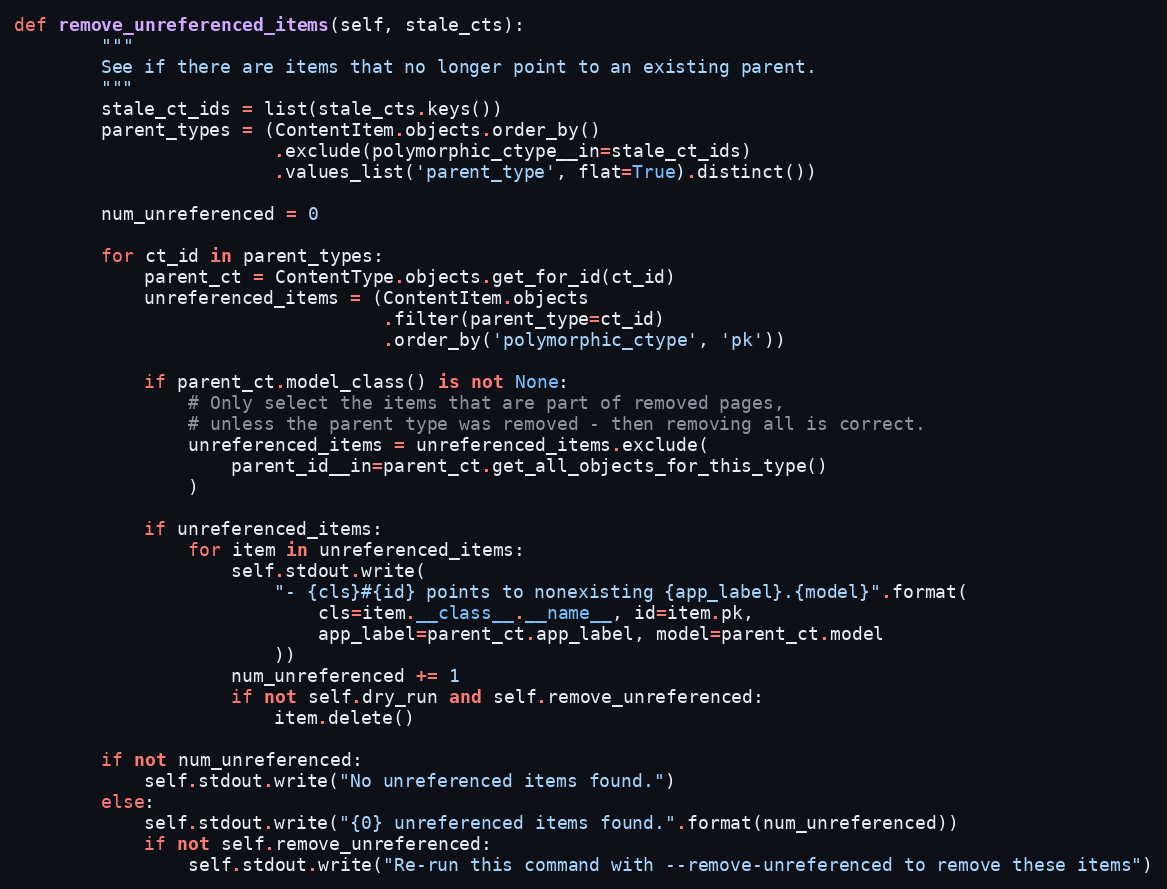
Language: Python
def remove_unreferenced_items(self, stale_cts):
        """
        See if there are items that no longer point to an existing parent.
        """
        stale_ct_ids = list(stale_cts.keys())
        parent_types = (ContentItem.objects.order_by()
                        .exclude(polymorphic_ctype__in=stale_ct_ids)
                        .values_list('parent_type', flat=True).distinct())

        num_unreferenced = 0

        for ct_id in parent_types:
            parent_ct = ContentType.objects.get_for_id(ct_id)
            unreferenced_items = (ContentItem.objects
                                  .filter(parent_type=ct_id)
                                  .order_by('polymorphic_ctype', 'pk'))

            if parent_ct.model_class() is not None:
                # Only select the items that are part of removed pages,
                # unless the parent type was removed - then removing all is correct.
                unreferenced_items = unreferenced_items.exclude(
                    parent_id__in=parent_ct.get_all_objects_for_this_type()
                )

            if unreferenced_items:
                for item in unreferenced_items:
                    self.stdout.write(
                        "- {cls}#{id} points to nonexisting {app_label}.{model}".format(
                            cls=item.__class__.__name__, id=item.pk,
                            app_label=parent_ct.app_label, model=parent_ct.model
                        ))
                    num_unreferenced += 1
                    if not self.dry_run and self.remove_unreferenced:
                        item.delete()

        if not num_unreferenced:
            self.stdout.write("No unreferenced items found.")
        else:
            self.stdout.write("{0} unreferenced items found.".format(num_unreferenced))
            if not self.remove_unreferenced:
                self.stdout.write("Re-run this command with --remove-unreferenced to remove these items")